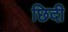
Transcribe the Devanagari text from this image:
छिदी